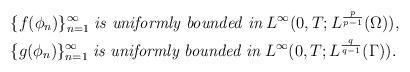
LaTeX: \begin{align*}&\{f(\phi_n)\}_{n=1}^{\infty}\;\textit{is uniformly bounded in}\;L^\infty(0,T;L^{\frac{p}{p-1}}(\Omega)),\\&\{g(\phi_n)\}_{n=1}^{\infty}\;\textit{is uniformly bounded in}\;L^\infty(0,T;L^{\frac{q}{q-1}}(\Gamma)).\end{align*}